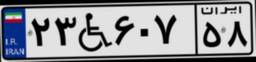
۴۸W۰۴۷۶۴